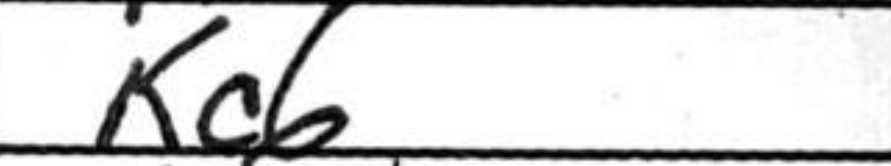
Transcription: Kc6